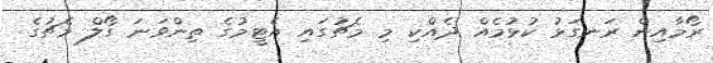
ރޯމާއިން ރަނގަޅު ކުޅުމެއް ދެއްކި މި މެޗުގައި އެޓީމުގެ ތިންވަނަ ގޯލް މެޗުގެ